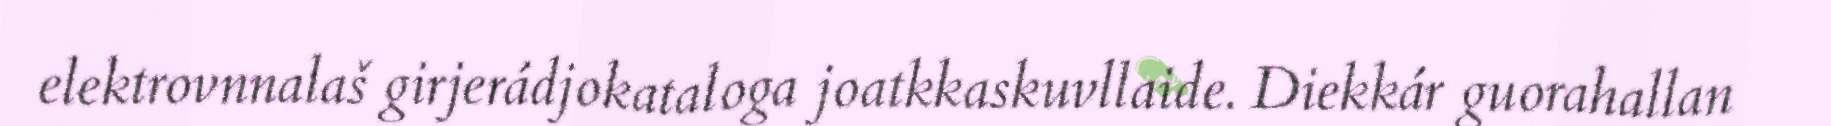
elektrovnnalaš girjerádjokataloga joatkkaskuvllaide. Diekkár guorahallan